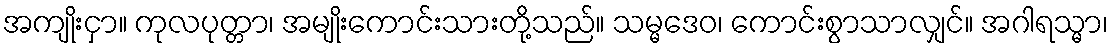
အကျိုးငှာ။ ကုလပုတ္တာ၊ အမျိုးကောင်းသားတို့သည်။ သမ္မဒေဝ၊ ကောင်းစွာသာလျှင်။ အဂါရသ္မာ၊